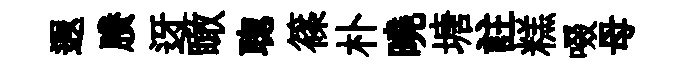
遐賸迓瞰聦篠朴曉塘註糕啜母